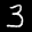
Label: 3